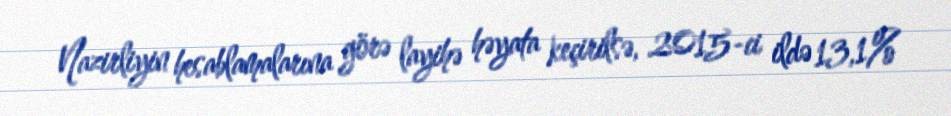
Nazirliyin hesablamalarına görə layihə həyata keçirilsə, 2015-ci ildə 13,1%